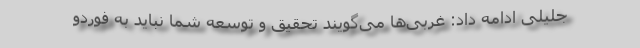
جلیلی ادامه داد: غربی‌ها می‌گویند تحقیق و توسعه شما نباید به فوردو